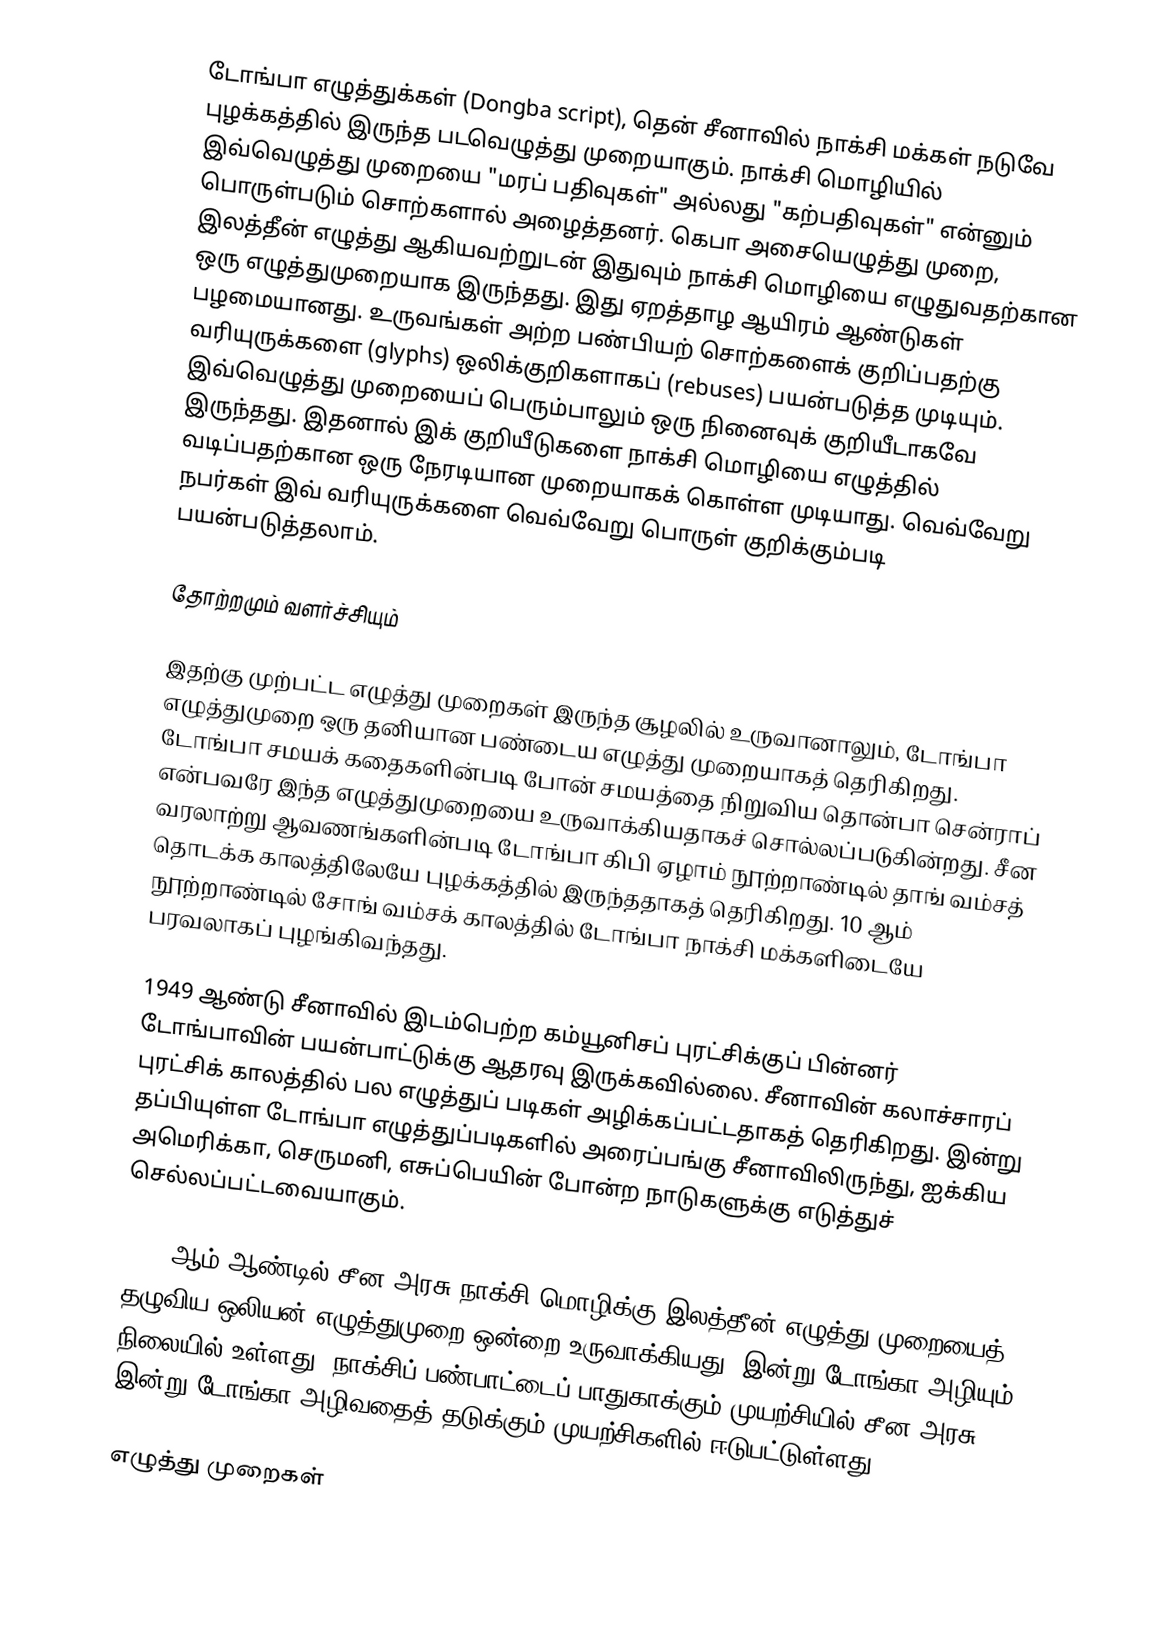
டோங்பா எழுத்துக்கள் (Dongba script), தென் சீனாவில் நாக்சி மக்கள் நடுவே புழக்கத்தில் இருந்த படவெழுத்து முறையாகும். நாக்சி மொழியில் இவ்வெழுத்து முறையை "மரப் பதிவுகள்" அல்லது "கற்பதிவுகள்" என்னும் பொருள்படும் சொற்களால் அழைத்தனர். கெபா அசையெழுத்து முறை, இலத்தீன் எழுத்து ஆகியவற்றுடன் இதுவும் நாக்சி மொழியை எழுதுவதற்கான ஒரு எழுத்துமுறையாக இருந்தது. இது ஏறத்தாழ ஆயிரம் ஆண்டுகள் பழமையானது. உருவங்கள் அற்ற பண்பியற் சொற்களைக் குறிப்பதற்கு வரியுருக்களை (glyphs) ஒலிக்குறிகளாகப் (rebuses) பயன்படுத்த முடியும். இவ்வெழுத்து முறையைப் பெரும்பாலும் ஒரு நினைவுக் குறியீடாகவே இருந்தது. இதனால் இக் குறியீடுகளை நாக்சி மொழியை எழுத்தில் வடிப்பதற்கான ஒரு நேரடியான முறையாகக் கொள்ள முடியாது. வெவ்வேறு நபர்கள் இவ் வரியுருக்களை வெவ்வேறு பொருள் குறிக்கும்படி பயன்படுத்தலாம்.

தோற்றமும் வளர்ச்சியும்

இதற்கு முற்பட்ட எழுத்து முறைகள் இருந்த சூழலில் உருவானாலும், டோங்பா எழுத்துமுறை ஒரு தனியான பண்டைய எழுத்து முறையாகத் தெரிகிறது. டோங்பா சமயக் கதைகளின்படி போன் சமயத்தை நிறுவிய தொன்பா சென்ராப் என்பவரே இந்த எழுத்துமுறையை உருவாக்கியதாகச் சொல்லப்படுகின்றது. சீன வரலாற்று ஆவணங்களின்படி டோங்பா கிபி ஏழாம் நூற்றாண்டில் தாங் வம்சத் தொடக்க காலத்திலேயே புழக்கத்தில் இருந்ததாகத் தெரிகிறது. 10 ஆம் நூற்றாண்டில் சோங் வம்சக் காலத்தில் டோங்பா நாக்சி மக்களிடையே பரவலாகப் புழங்கிவந்தது.

1949 ஆண்டு சீனாவில் இடம்பெற்ற கம்யூனிசப் புரட்சிக்குப் பின்னர் டோங்பாவின் பயன்பாட்டுக்கு ஆதரவு இருக்கவில்லை. சீனாவின் கலாச்சாரப் புரட்சிக் காலத்தில் பல எழுத்துப் படிகள் அழிக்கப்பட்டதாகத் தெரிகிறது. இன்று தப்பியுள்ள டோங்பா எழுத்துப்படிகளில் அரைப்பங்கு சீனாவிலிருந்து, ஐக்கிய அமெரிக்கா, செருமனி, எசுப்பெயின் போன்ற நாடுகளுக்கு எடுத்துச் செல்லப்பட்டவையாகும்.

1957 ஆம் ஆண்டில் சீன அரசு நாக்சி மொழிக்கு இலத்தீன் எழுத்து முறையைத் தழுவிய ஒலியன் எழுத்துமுறை ஒன்றை உருவாக்கியது. இன்று டோங்கா அழியும் நிலையில் உள்ளது. நாக்சிப் பண்பாட்டைப் பாதுகாக்கும் முயற்சியில் சீன அரசு இன்று டோங்கா அழிவதைத் தடுக்கும் முயற்சிகளில் ஈடுபட்டுள்ளது.

எழுத்து முறைகள்